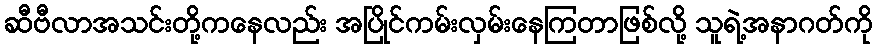
ဆီဗီလာအသင်းတို့ကနေလည်း အပြိုင်ကမ်းလှမ်းနေကြတာဖြစ်လို့ သူရဲ့အနာဂတ်ကို